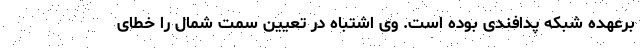
برعهده شبکه پدافندی بوده است. وی اشتباه در تعیین سمت شمال را خطای